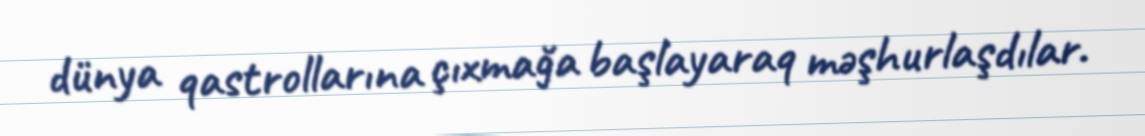
dünya qastrollarına çıxmağa başlayaraq məşhurlaşdılar.